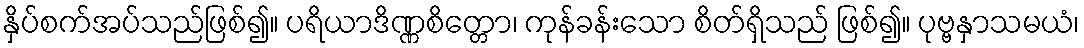
နှိပ်စက်အပ်သည်ဖြစ်၍။ ပရိယာဒိဏ္ဏစိတ္တော၊ ကုန်ခန်းသော စိတ်ရှိသည် ဖြစ်၍။ ပုဗ္ဗနှာသမယံ၊